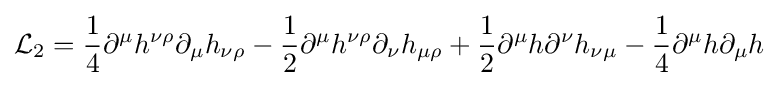
{\mathcal {L}}_{2}={\frac {1}{4}}\partial ^{\mu }h^{\nu \rho }\partial _{\mu }h_{\nu \rho }-{\frac {1}{2}}\partial ^{\mu }h^{\nu \rho }\partial _{\nu }h_{\mu \rho }+{\frac {1}{2}}\partial ^{\mu }h\partial ^{\nu }h_{\nu \mu }-{\frac {1}{4}}\partial ^{\mu }h\partial _{\mu }h